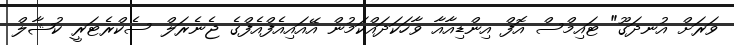
ވަރަށް އުނދަގޫ" ޓައިމްސް އޮފް އިންޑިއާއާ ވާހަކަދައްކަމުން އޭއައިއެފްއެފްގެ ޖެނެރަލް ސެކްރެޓަރީ ކުޝާލް